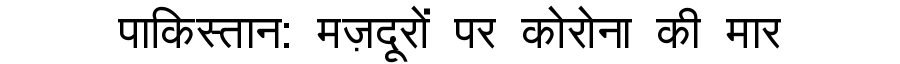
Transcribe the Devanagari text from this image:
पाकिस्तान: मज़दूरों पर कोरोना की मार